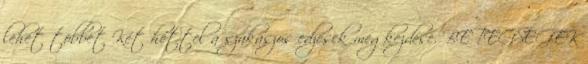
lehet többet Két héttel a szakaszos edzések megkezdése. BETEGSÉGEK